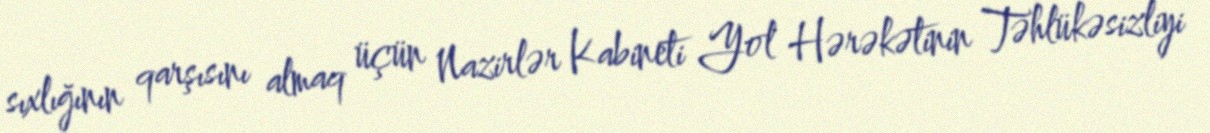
sıxlığının qarşısını almaq üçün Nazirlər Kabineti Yol Hərəkətinin Təhlükəsizliyi